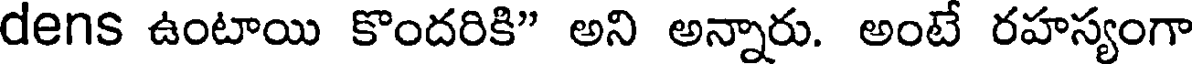
dens ఉంటాయి కొందరికి" అని అన్నారు. అంటే రహస్యంగా